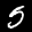
Label: 5